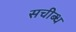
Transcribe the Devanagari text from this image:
सचीब्ध